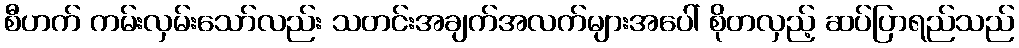
စီဟက် ကမ်းလှမ်းသော်လည်း သတင်းအချက်အလက်များအပေါ် စိုတလှည့် ဆပ်ပြာရည်သည်